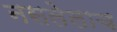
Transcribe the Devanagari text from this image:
नसलेलाच